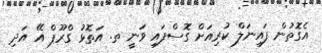
އެގޮތުން ފައިނަލް ކުރިއަށް ގޮސްފައި ވަނީ ތ. އަތޮޅު ގްރޫޕް އޭ އަދި